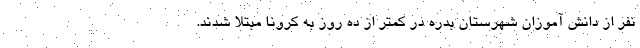
نفر از دانش آموزان شهرستان بدره در کمتر از ده روز به کرونا مبتلا شدند.